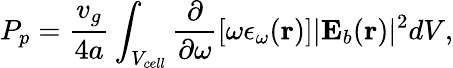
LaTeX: P_{p}=\frac{v_{g}}{4a}\int_{V_{cell}}\frac{\partial}{\partial\omega}[\omega\epsilon_{\omega}(\mathbf{r})]\vert\mathbf{E}_{b}(\mathbf{r})\vert^{2}dV,